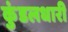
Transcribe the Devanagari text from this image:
कुंडलधारी